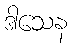
ဒါသေန